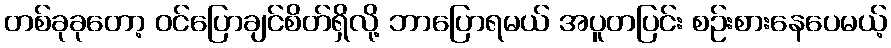
တစ်ခုခုတော့ ဝင်ပြောချင်စိတ်ရှိလို့ ဘာပြောရမယ် အပူတပြင်း စဉ်းစားနေပေမယ့်